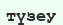
түзеу